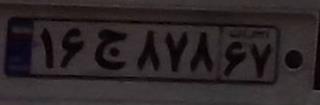
۱۶ج۸۷۸۶۷